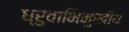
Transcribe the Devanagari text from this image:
ध्रुवाभिमुखीय